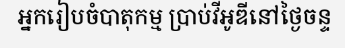
អ្នករៀបចំបាតុកម្ម ប្រាប់វីអូឌីនៅថ្ងៃចន្ទ